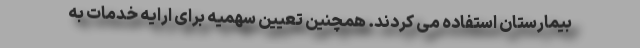
بیمارستان استفاده می کردند. همچنین تعیین سهمیه برای ارایه خدمات به